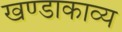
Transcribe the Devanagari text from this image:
खण्डाकाव्य